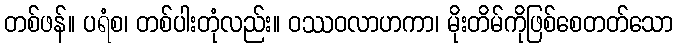
တစ်ဖန်။ ပရံစ၊ တစ်ပါးတုံလည်း။ ဝဿဝလာဟကာ၊ မိုးတိမ်ကိုဖြစ်စေတတ်သော